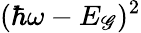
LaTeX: (\hbar\omega-E_{\mathscr{G}})^{2}